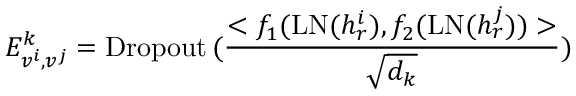
E _ { v ^ { i } , v ^ { j } } ^ { k } = \operatorname { D r o p o u t } { ( \frac { < f _ { 1 } ( \mathrm { L N } ( h _ { r } ^ { i } ) , f _ { 2 } ( \mathrm { L N } ( h _ { r } ^ { j } ) ) > } { \sqrt { d _ { k } } } ) }